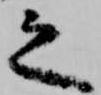
之